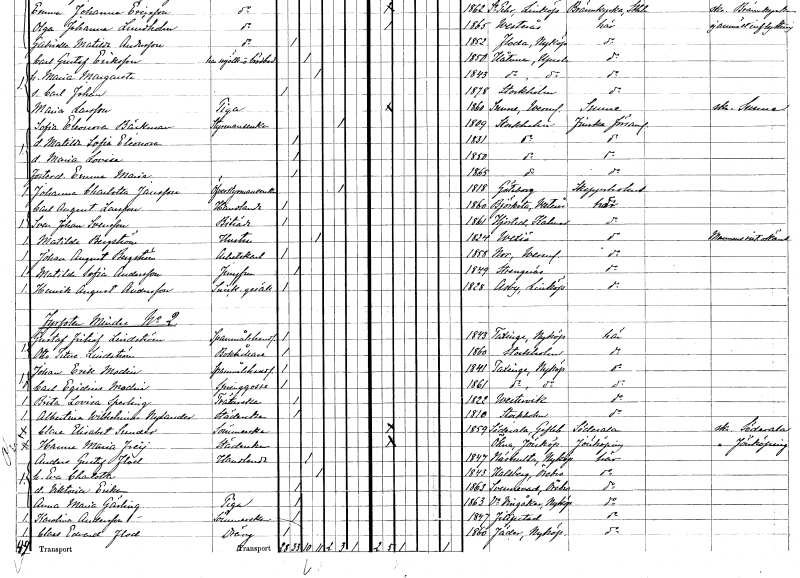
gt_parse: households: individuals: FN: Carl August
EN: Larsson
YRKE: Handlande
KON: M
CIV: O
FODAR: 1860
FODFORS: Björksta Västmanlands län
FN: Sven Johan
EN: Svensson
YRKE: Biträde
KON: M
CIV: O
FODAR: 1861
FODFORS: Hjorted Kalmar län
FN: Matilda
EN: Bergström
YRKE: Hustru
KON: K
CIV: G
FODAR: 1824
FODFORS: Växjö Kronobergs län
FN: Johan August
EN: Bergström
YRKE: Arbetskarl
KON: M
CIV: O
FODAR: 1858
FODFORS: Nor Värmlands län
FN: Matilda Sofia
EN: Andersson
YRKE: Jungfru
KON: K
CIV: O
FODAR: 1849
FODFORS: Strängnäs Södermanlands län
FN: Henrik August
EN: Andersson
YRKE: Snickaregesäll
KON: M
CIV: O
FODAR: 1828
FODFORS: Asby Östergötlands län
FN: Gustaf Fritiof
EN: Lindström
YRKE: Spannmålshandlande
KON: M
CIV: O
FODAR: 1843
FODFORS: Taxinge Stockholms län
FN: Otto Titus
EN: Lindström
YRKE: Bokhållare
KON: M
CIV: O
FODAR: 1860
FODFORS: Stockholm
FN: Johan Erik
EN: Modin
YRKE: Spannmålshandlande
KON: M
CIV: O
FODAR: 1841
FODFORS: Taxinge Stockholms län
FN: Carl Egidius
EN: Modin
YRKE: Springgosse
KON: M
CIV: O
FODAR: 1861
FODFORS: Taxinge Stockholms län
FN: Brita Lovisa
EN: Sperling
YRKE: Tvätterska
KON: K
CIV: O
FODAR: 1822
FODFORS: Västervik Kalmar län
FN: Albertina Wilhelmina
EN: Nylander
YRKE: Städerska
KON: K
CIV: O
FODAR: 1810
FODFORS: Stockholm
FN: Clara Elisabet
EN: Sunder
YRKE: Sömmerska
KON: K
CIV: O
FODAR: 1859
FODFORS: Söderala Gävleborgs län
FN: Hanna Maria
EN: Freij
YRKE: Städerska
KON: K
CIV: O
FODAR: ????
FODFORS: Ökna Jönköpings län
FN: Anders Gustaf
EN: Flod
YRKE: Handlande
KON: M
CIV: G
FODAR: 1847
FODFORS: Näshulta Södermanlands län
FN: Eva Charlotta
KON: K
CIV: G
FODAR: 1843
FODFORS: Hallsberg Örebro län
FN: Viktoria Erika
KON: K
CIV: O
FODAR: 1863
FODFORS: Svennevad Örebro län
FN: Anna Maria
EN: Gärling
YRKE: Piga
KON: K
CIV: O
FODAR: 1863
FODFORS: Västra Vingåker Södermanlands län
FN: Karolina
EN: Andersson
YRKE: Sömmerska
KON: K
CIV: O
FODAR: 1847
FODFORS: Filipstad Värmlands län
FN: Claes Edvard
EN: Flod
YRKE: Dräng
KON: M
CIV: O
FODAR: 1860
FODFORS: Jäder Södermanlands län